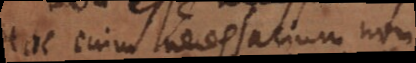
Hoc enim necessarium non